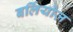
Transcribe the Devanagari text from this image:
बर्लियोज़